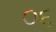
૦૬